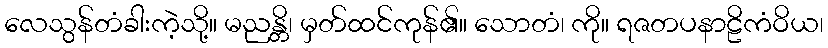
လေသွန်တံခါးကဲ့သို့။ မညန္တိ၊ မှတ်ထင်ကုန်၏။ သောတံ၊ ကို။ ရဇတပနာဠိကံဝိယ၊